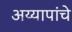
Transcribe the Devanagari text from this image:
अय्यापांचे